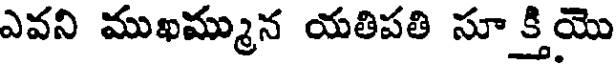
ఎవని ముఖమ్మున యతిపతి సూక్తియొ